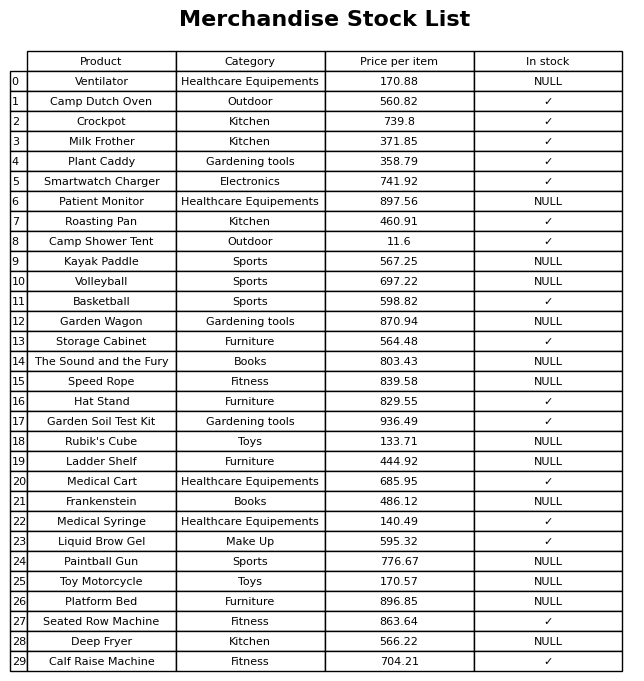
question: What is the price of the Seated Row Machine?
answer: The price of Seated Row Machine is 863.64.